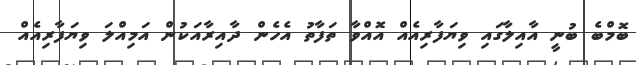
ބޮމްބެ ބުނީ އާއިލާގައި ވިޔަފާރިއެއް އޮއްވާ ތަފާތު އެހެން ދާއިރާއަކުން އަމިއްލަ ވިޔަފާރިއެއް